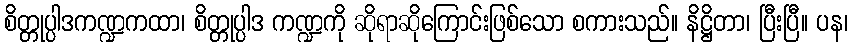
စိတ္တုပ္ပါဒကဏ္ဍကထာ၊ စိတ္တုပ္ပါဒ ကဏ္ဍကို ဆိုရာဆိုကြောင်းဖြစ်သော စကားသည်။ နိဋ္ဌိတာ၊ ပြီးပြီ။ ပန၊